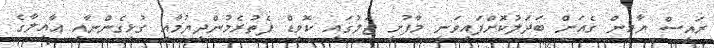
ރައީސް ޔާމީން ގެއަށް ބަދަލުކޮށްފައިވަނީ މާފުށީ ޖަލުގައި ކޮވިޑް ފެތުރެމުންދިޔުމާއި ގުޅިގެންނާއި އާއިލާގެ